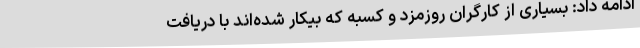
ادامه داد: بسیاری از کارگران روزمزد و کسبه که بیکار شده‌اند با دریافت